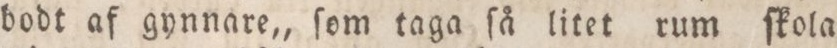
bodt af gynnare,, ſom taga ſå litet rum ſkola